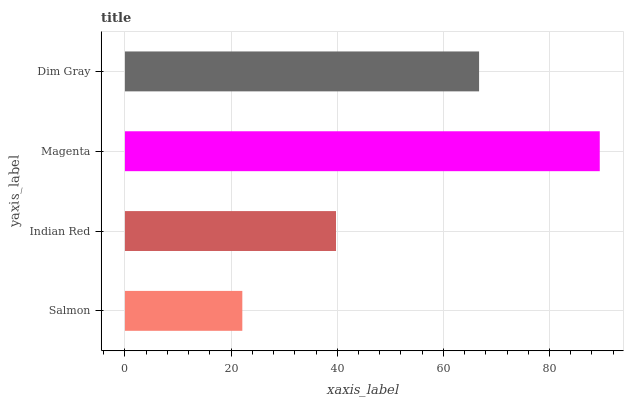
| yaxis_label | bars |
 | --- | --- |
 | Salmon | 22.1 |
 | Indian Red | 39.8 |
 | Magenta | 89.5 |
 | Dim Gray | 66.7 |